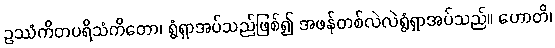
ဥဿံကိတပရိသံကိတော၊ ရွံရှာအပ်သည်ဖြစ်၍ အဖန်တစ်လဲလဲရွံရှာအပ်သည်။ ဟောတိ၊